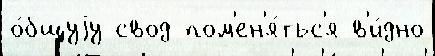
о́бщуjу свод пом'ен'я́тьс'я в'и́дно